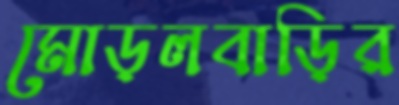
মোড়লবাড়ির